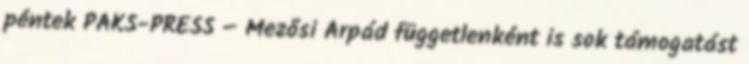
péntek PAKS-PRESS – Mezősi Árpád függetlenként is sok támogatást